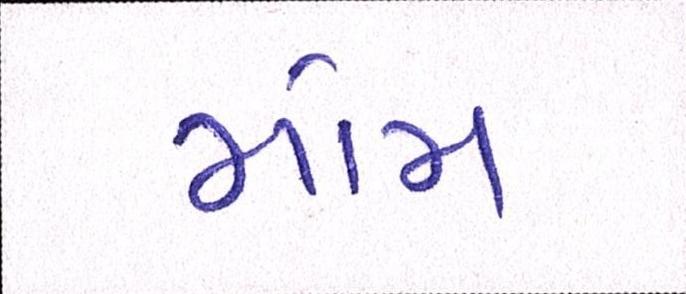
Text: મોમ